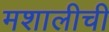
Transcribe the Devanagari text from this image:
मशालीची